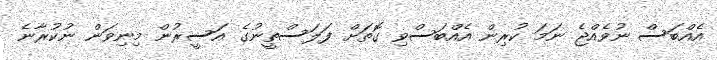
އެއްބަސް ނުވެއްޖެ ނަމަ ކުރިން އެއްބަސްވި ގޮތަށް ފަލަސްތީނުގެ އަސީރުން މިނިވަން ނުކުރާނެ